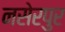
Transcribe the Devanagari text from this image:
नसेरपुर